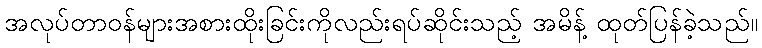
အလုပ်တာဝန်များအစားထိုးခြင်းကိုလည်းရပ်ဆိုင်းသည့် အမိန့် ထုတ်ပြန်ခဲ့သည်။